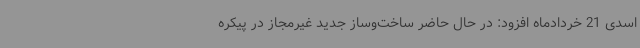
اسدی 21 خردادماه افزود: در حال حاضر ساخت‌وساز جدید غیرمجاز در پیکره